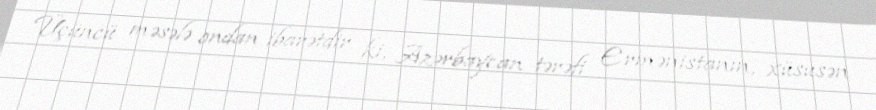
Üçüncü məsələ ondan ibarətdir ki, Azərbaycan tərəfi Ermənistanın, xüsusən